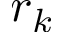
r _ { k }